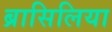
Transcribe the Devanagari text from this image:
ब्रासिलिया